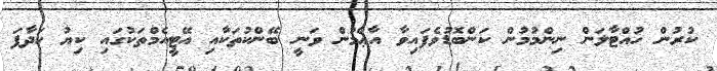
ކުރުން ހުއްޓާލަން ނިންމުމުން ކަންބޮޑުވެފައިވާ އާޢްމުން ވަނީ ބޭންކުތަކާއި އޭޓީއެމްތަކުގައި ކިޔު ހަދާފަ